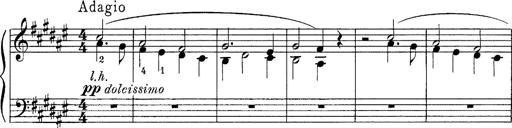
Title: FÃ¼nf KlavierstÃ¼cke
Composer: Franz Liszt